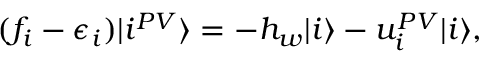
\begin{array} { r } { ( f _ { i } - \epsilon _ { i } ) | i ^ { P V } \rangle = - h _ { w } | i \rangle - u _ { i } ^ { P V } | i \rangle , } \end{array}